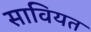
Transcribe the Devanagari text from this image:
सावियत